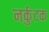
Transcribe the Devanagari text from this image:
नर्कुटक